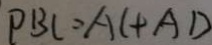
P B C = A C + A D